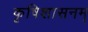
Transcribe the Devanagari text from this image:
कृषिशासनम्